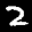
Label: 2